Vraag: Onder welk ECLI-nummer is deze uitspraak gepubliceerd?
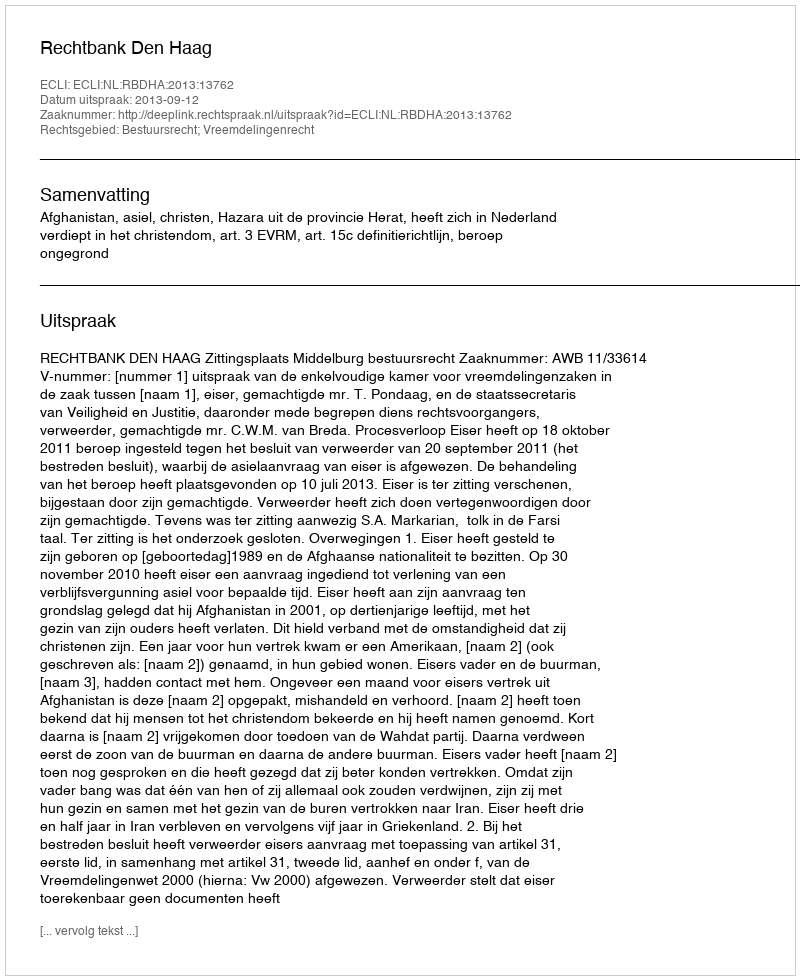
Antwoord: ECLI:NL:RBDHA:2013:13762